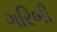
ગરિબી